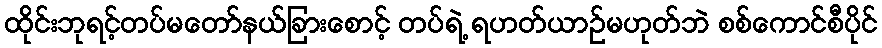
ထိုင်းဘုရင့်တပ်မတော်နယ်ခြားစောင့် တပ်ရဲ့ ရဟတ်ယာဉ်မဟုတ်ဘဲ စစ်ကောင်စီပိုင်